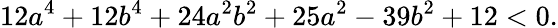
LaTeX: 12a^{4}+12b^{4}+24a^{2}b^{2}+25a^{2}-39b^{2}+12<0.